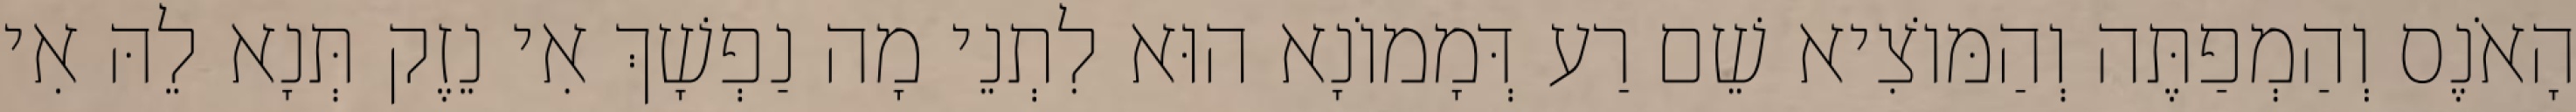
הָאֹנֶס וְהַמְפַתֶּה וְהַמּוֹצִיא שֵׁם רַע דְּמָמוֹנָא הוּא לִתְנֵי מָה נַפְשָׁךְ אִי נֵזֶק תְּנָא לֵהּ אִי